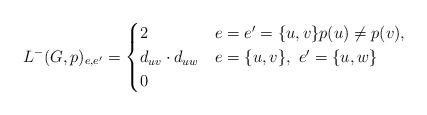
LaTeX: \begin{align*} L^{-}(G,p)_{e,e'}= \begin{cases} 2 & e=e'=\{u,v\} p(u)\neq p(v),\\ d_{uv}\cdot d_{uw} & e=\{u,v\},~e'=\{u,w\} \\ 0 & \end{cases} \end{align*}